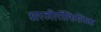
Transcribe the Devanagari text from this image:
अरजीरॉफिलिक